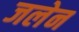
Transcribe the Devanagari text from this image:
जलेन